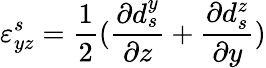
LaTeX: \varepsilon_{yz}^{s}=\frac{1}{2}(\frac{\partial d_{s}^{y}}{\partial z}+\frac{\partial d_{s}^{z}}{\partial y})